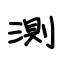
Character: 測